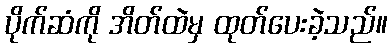
ပိုက်ဆံကို အိတ်ထဲမှ ထုတ်ပေးခဲ့သည်။